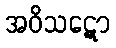
အဝိသဋော